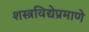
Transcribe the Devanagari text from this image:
शस्त्रविद्येप्रमाणे